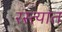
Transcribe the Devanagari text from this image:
रस्त्यांत